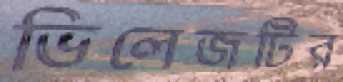
ভিলেজটির